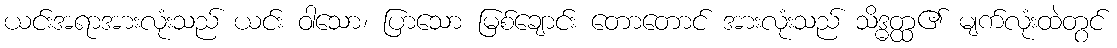
ယင်းအရာအားလုံးသည် ယင်း ဝါသော၊ ပြာသော မြစ်ချောင်း တောတောင် အားလုံးသည် သိဒ္ဓတ္ထ၏ မျက်လုံးထဲတွင်